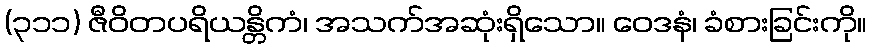
(၃၁၁) ဇီဝိတပရိယန္တိကံ၊ အသက်အဆုံးရှိသော။ ဝေဒနံ၊ ခံစားခြင်းကို။